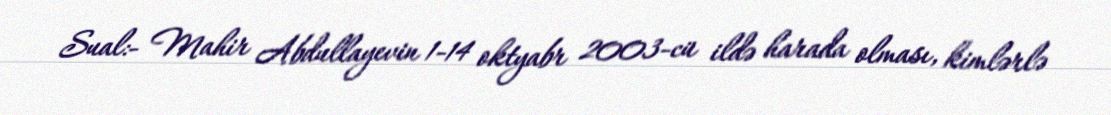
Sual:- Mahir Abdullayevin 1-14 oktyabr 2003-cü ildə harada olması, kimlərlə